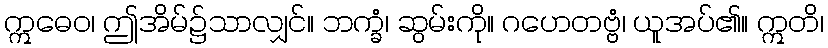
ဣဓေဝ၊ ဤအိမ်၌သာလျှင်။ ဘက္ခံ၊ ဆွမ်းကို။ ဂဟေတဗ္ဗံ၊ ယူအပ်၏။ ဣတိ၊